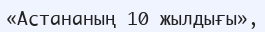
«Астананың 10 жылдығы»,